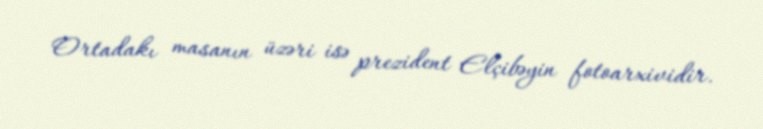
Ortadakı masanın üzəri isə prezident Elçibəyin fotoarxividir.